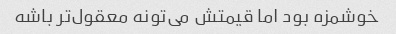
خوشمزه بود اما قیمتش می‌تونه معقول‌تر باشه